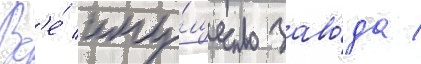
Вс'е́ иму́щество заво́да /